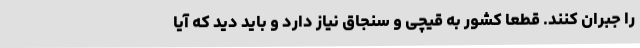
را جبران کنند. قطعا کشور به قیچی و سنجاق نیاز دارد و باید دید که آیا